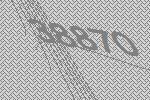
38870